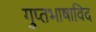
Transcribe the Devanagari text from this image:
गुप्तभाषाविद